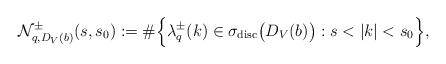
LaTeX: \begin{align*}\mathcal{N}_{q,D_V(b)}^\pm(s,s_0) := \# \Big\lbrace \lambda_{q}^\pm(k) \in \sigma_{\textup{disc}} \big( D_{V}(b) \big) : s < \vert k \vert < s_{0} \Big\rbrace,\end{align*}